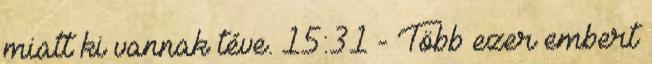
miatt ki vannak téve. 15:31 - Több ezer embert